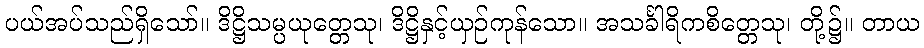
ပယ်အပ်သည်ရှိသော်။ ဒိဋ္ဌိသမ္ပယုတ္တေသု၊ ဒိဋ္ဌိနှင့်ယှဉ်ကုန်သော။ အသင်္ခါရိကစိတ္တေသု၊ တို့၌။ တာယ